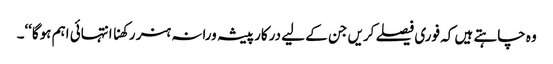
وہ چاہتے ہیں کہ فوری فیصلے کریں جن کے لیے درکار پیشہ ورانہ ہنر رکھنا انتہائی اہم ہوگا‘‘۔